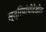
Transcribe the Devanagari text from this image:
स्त्रियांचीदेखील